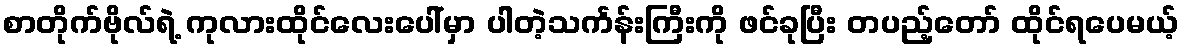
စာတိုက်ဗိုလ်ရဲ့ ကုလားထိုင်လေးပေါ်မှာ ပါတဲ့သင်္ကန်းကြီးကို ဖင်ခုပြီး တပည့်တော် ထိုင်ရပေမယ့်